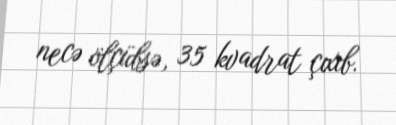
necə ölçübsə, 35 kvadrat çıxıb.